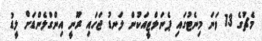
މެޗުގެ 13 ވަނަ މިނެޓުގައި ޕެނަލްޓީއަކުން ލަނޑު ޖަހައި ރޫނީ އިންގްލެންޑަށް ލީޑު